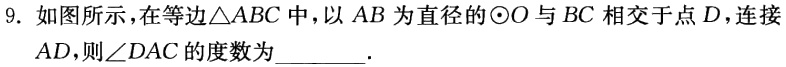
9. 如图所示，在等边$\triangle ABC$中，以$AB$为直径的$\odot O$与$BC$相交于点$D$，连接$AD$，则$\angle DAC$的度数为________.